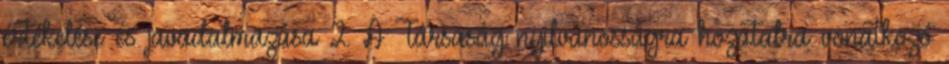
értékelése és javadalmazása 2. A Társaság nyilvánosságra hozatalra vonatkozó